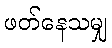
ဖတ်နေသမျှ